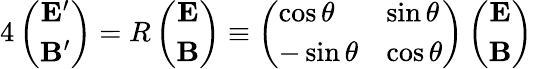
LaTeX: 4\left(\begin{array}{c}{{{\mathbf E}^{\prime}}}\\ {{{\mathbf B}^{\prime}}}\end{array}\right)=R\left(\begin{array}{c}{{{\mathbf E}}}\\ {{{\mathbf B}}}\end{array}\right)\equiv\left(\begin{array}{ll}{{\cos\theta}}&{{\sin\theta}}\\ {{-\sin\theta}}&{{\cos\theta}}\end{array}\right)\left(\begin{array}{c}{{{\mathbf E}}}\\ {{{\mathbf B}}}\end{array}\right)